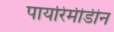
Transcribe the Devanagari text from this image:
पायरिमीडीन